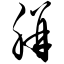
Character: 胼